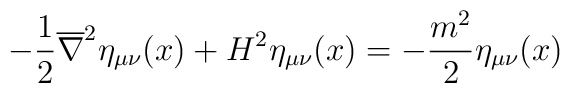
-\frac{1}{2}\overline{\nabla}^2\eta_{\mu\nu}(x)+H^2\eta_{\mu\nu}(x)=-\frac{m^2}{2}\eta_{\mu\nu}(x)